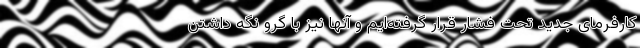
کارفرمای جدید تحت فشار قرار گرفته‌ایم و آنها نیز با گرو نگه داشتن